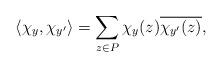
LaTeX: \begin{align*}\langle \chi_y, \chi_{y'} \rangle = \sum_{z \in P} \chi_y(z)\overline{\chi_{y'}(z)},\end{align*}